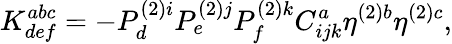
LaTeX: K_{def}^{abc}=-P_{d}^{(2)i}P_{e}^{(2)j}P_{f}^{(2)k}C_{ijk}^{a}\eta^{(2)b}\eta^{(2)c},